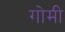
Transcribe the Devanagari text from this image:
गोमी